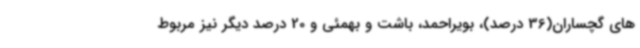
های گچساران(36 درصد)، بویراحمد، باشت و بهمئی و 20 درصد دیگر نیز مربوط